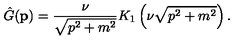
\hat { G } ( { \bf p } ) = { \frac { \nu } { \sqrt { p ^ { 2 } + m ^ { 2 } } } } K _ { 1 } \left( \nu \sqrt { p ^ { 2 } + m ^ { 2 } } \right) .